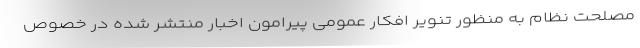
مصلحت نظام به منظور تنویر افکار عمومی پیرامون اخبار منتشر شده در خصوص